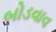
બોડવાવ